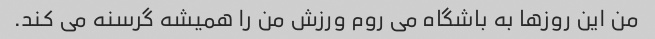
من این روزها به باشگاه می روم ورزش من را همیشه گرسنه می کند.